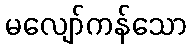
မလျော်ကန်သော